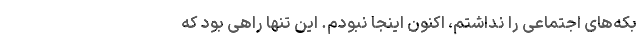
بکه‌های اجتماعی را نداشتم، اکنون اینجا نبودم. این تنها راهی بود که